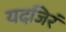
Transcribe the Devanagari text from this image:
यदजिरं